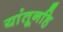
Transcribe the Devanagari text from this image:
यांतूनहि